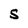
Character: S